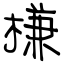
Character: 槏